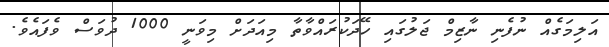
އަލިމަގެއް ނުފެނި ނާޒިމް ޖަލުގައި ހޭދަކުރައްވާތާ މިއަދަށް މިވަނީ 1000 ދުވަސް ވެފައެވެ.